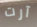
آرت